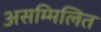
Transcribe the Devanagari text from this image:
असम्मिलित